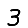
Digit: 3